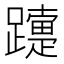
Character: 𨆫